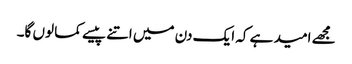
مجھے امید ہے کہ ایک دن میں اتنے پیسے کما لوں گا۔